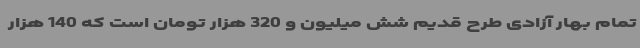
تمام بهار آزادی طرح قدیم شش میلیون و 320 هزار تومان است که 140 هزار